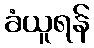
ခံယူရန်